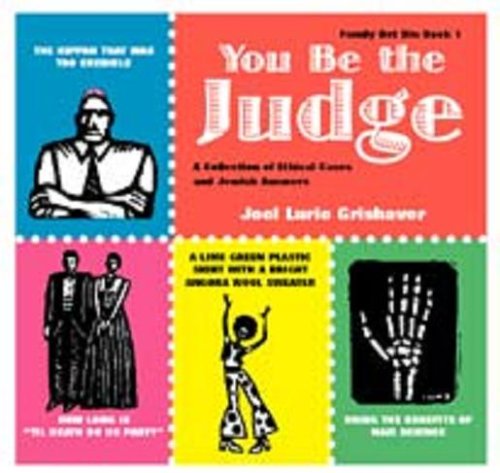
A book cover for You Be the Judge: A Collection of Ethical Cases and Jewish Answers (Family Bet Din); Joel Lurie Grishaver; Children's Books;